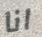
انا